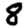
Digit: 8